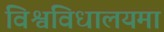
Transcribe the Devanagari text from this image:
विश्वविधालयमा